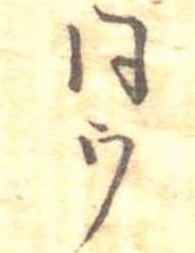
同ウ